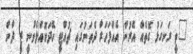
"ތީ ރަނގަޅު ގޮތެއް އޭރުން އެއްފަހަރާ ދެތަނުގައި ޗުއްޓީ ހޭދަކޮއްލެވުނީ ޒީ ދާން